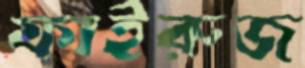
ফাইরুজ